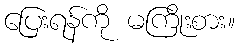
ပြေးရန်ကို မကြိုးစား။